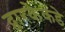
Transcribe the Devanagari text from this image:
द्वारकेकडे